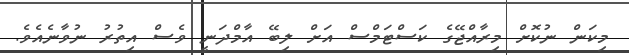
މިކަން ނުކޮށް މިރާއްޖޭގެ ކަސްޓަމްސް އަށް ލިބޭ އާމްދަނީ ވެސް އިތުރު ނުވާނެއެވެ.